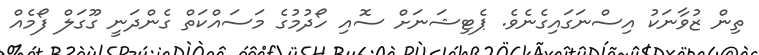
ތިން ޒުވާނަކު އިސްނަގައިގެނެވެ. ޕެޓިޝަނަށް ސޮއި ހޯދުމުގެ މަސައްކަތް ގެންދަނީ ގޫގަލް ފޯމެއް